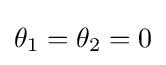
\theta _{1}=\theta _{2}=0